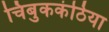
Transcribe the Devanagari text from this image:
चिबुककंठिया